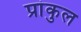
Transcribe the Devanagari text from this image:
प्रांकुल